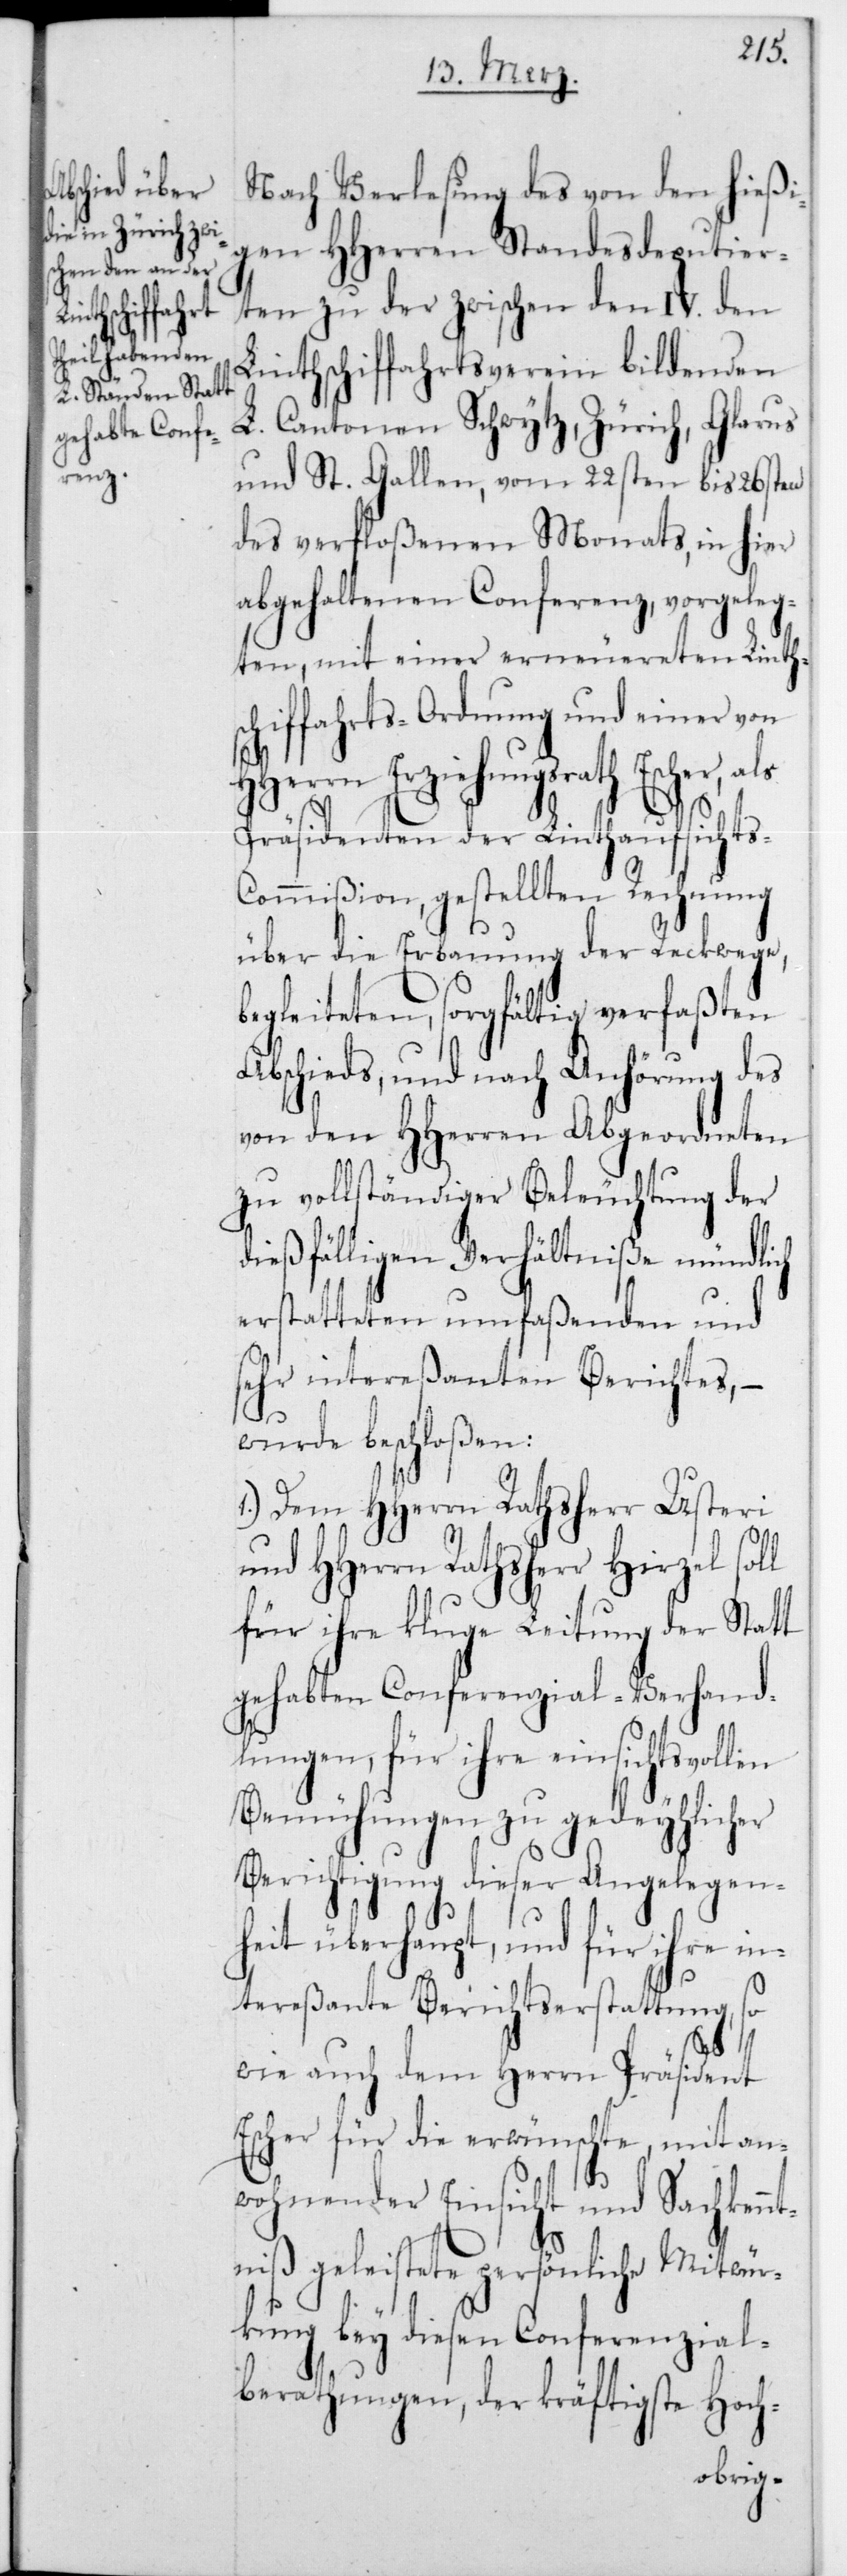
Nach Verlesung des von den hießi¬
gen HHerren Standesdeputier¬
ten zu der zwischen den IV den
Linthschiffahrtsverein bildenden
L. Cantonen Schwytz, Zürich, Glarus
und St. Gallen, vom 22sten bis 26sten
des verfloßenen Monats, in hier
abgehaltenen Conferenz, vorgeleg¬
ten, mit einer erneuereten Linthsc¬
hiffahrts-Ordnung und einer von
HHerrn Erziehungsrath Escher, als
Präsidenten der Linthausfsicht¬
ommißion, gestellten Rechnung
über die Erbauung der Reckwege,
begleiteten, sorgfältig verfaßten
Abschieds, und nach Anhörung des
von den HHerren Abgeordneten
zu vollständiger Beleuchtung der
dießfälligen Verhältniße mündlich
erstatteten umfaßenden und
sehr intereßanten Berichtes, –
wurde beschloßen:
1.) Dem HHerrn Rathsherr Usteri
und HHerrn Rathsherr Hirzel
für ihre kluge Leitung der statt
gehabten Conferenzial-Verhand¬
lungen, für ihre einsichtsvollen
Bemühungen zu gedeyhlicher
Berichtigung dieser Angelegen¬
heit überhaupt, und für ihre in¬
tereßante Berichtserstattung, so
s-C¬
wie auch dem Herrn Präsident
Escher für die erwünschte, mit an¬
wohnender Einsicht und Sachkennt¬
niß geleistete persönliche Mitwür¬
kung bey diesen Conferenzial¬
berathungen, der kräftigste Hoch-